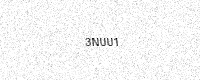
Text: 3NUU1